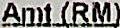
AMT(RM)